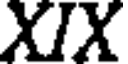
XIX